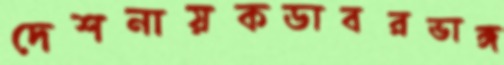
দেশনায়কডাবরভাঙ্গ